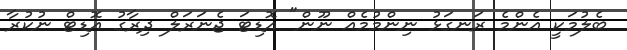
ބެލުމަކީ އެންމެ ރަނގަޅު ނިންމުމެއް ނޫން" އޮޑިޓަ ޖެނަރަލް ދިރާގު އޮޑިޓް ނުކުރާ